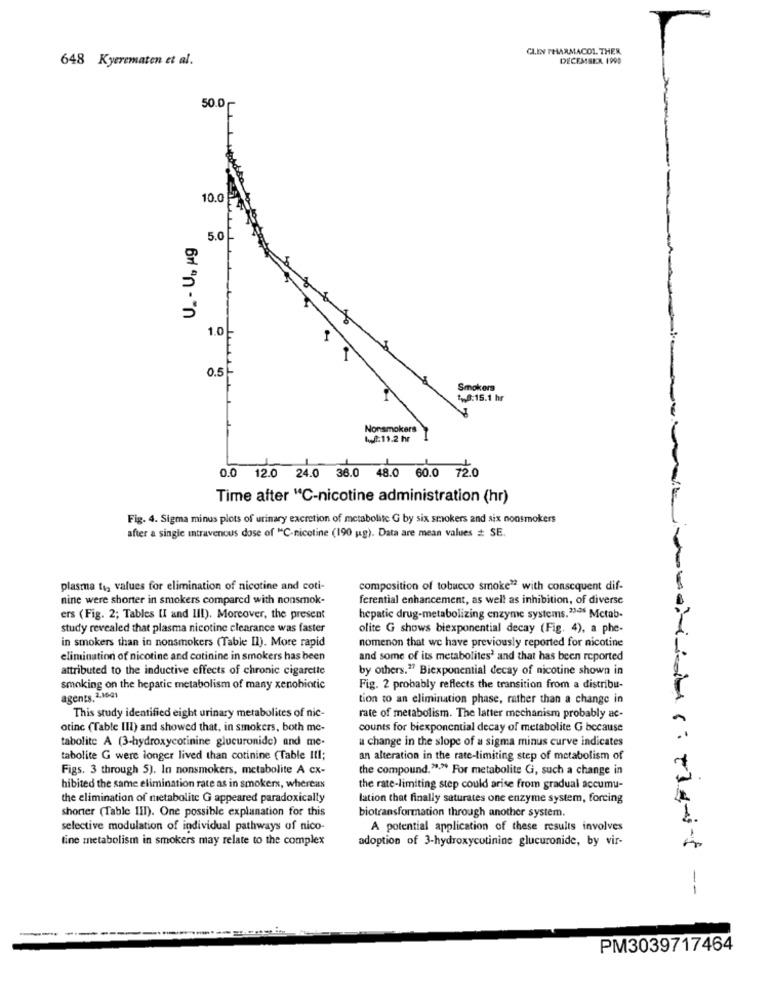
CLIN PHARMACOL. THEN
648 Kyerematen et al.
DECEMBER 1999
50.0
10.0
U_ - Uu ug
5.0
1.0
0.5-
Smokers
„8:15.1 hr
Nonsmokers
14: 11.2 hr
0.0 12.0 24.0 36.0 48.0 60.0 72.0
Time after "C-nicotine administration (hr)
Fig. 4. Sigma minus plots of urinary excretion of metabolite G by six smokers and six nonsmokers
after a single intravenous dose of "C-nicotine (190 ug). Data are mean values # SE.
plasma to, values for elimination of nicotine and coti-
composition of tobacco smoke" with consequent dif-
nine were shorter in smokers compared with nonsmok-
ferential enhancement, as well as inhibition, of diverse
ers (Fig. 2; Tables [I and II!). Moreover, the present
hepatic drug-metabolizing enzyme systems.23.36 Mctab-
study revealed that plasma nicotine clearance was faster
olite G shows biexponential decay (Fig. 4), a phe-
in smokers than in nonsmokers (Table Il). More rapid
nomenon that we have previously reported for nicotine
elimination of nicotine and cotinine in smokers has been
and some of its metabolites' and that has been reported
attributed to the inductive effects of chronic cigarette
by others." Biexponential decay of nicotine shown in
smoking on the hepatic metabolism of many xenobiotic
Fig. 2 probably reflects the transition from a distribu-
agents. 2,1621
tion to an elimination phase, rather than a change in
This study identified eight urinary metabolites of nic-
rate of metabolism. The latter mechanism probably ac-
otinc (Table III) and showed that, in smokers, both me-
counts for biexponential decay of metabolite G because
tabolite A (3-hydroxycotinine glucuronide) and me-
a change in the slope of a sigma minus curve indicates
tabolite G were longer lived than cotinine (Table III;
an alteration in the rate-limiting step of metabolism of
Figs. 3 through 5). In nonsmokers, metabolite A cx-
the compound."." For metabolite Gi, such a change in
hibited the same elimination rate as in smokers, whereas
the rate-limiting step could arise from gradual accumu-
the elimination of metabolite G appeared paradoxically
lation that finally saturates one enzyme system, forcing
shorter (Table III). One possible explanation for this
biotransformation through another system.
selective modulation of individual pathways of nico-
A potential application of these results involves
tine metabolism in smokers may relate to the complex
adoption of 3-hydroxycutinine glucuronide, by vir-
----
PM3039717464